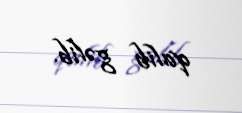
qalib gəlib.